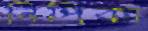
নিপিকা